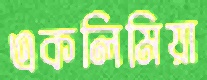
একলিমিয়া